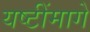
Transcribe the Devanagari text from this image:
यष्टींमागे